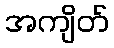
အကျိတ်